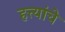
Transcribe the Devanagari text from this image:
हत्त्यांचे